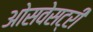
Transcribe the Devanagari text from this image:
ओसवेसट्री